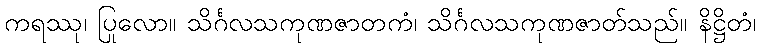
ကရဿု၊ ပြုလော။ သိင်္ဂလသကုဏဇာတကံ၊ သိင်္ဂလသကုဏဇာတ်သည်။ နိဋ္ဌိတံ၊